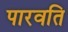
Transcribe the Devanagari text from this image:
पारवति